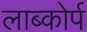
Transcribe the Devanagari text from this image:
लाब्कोर्प